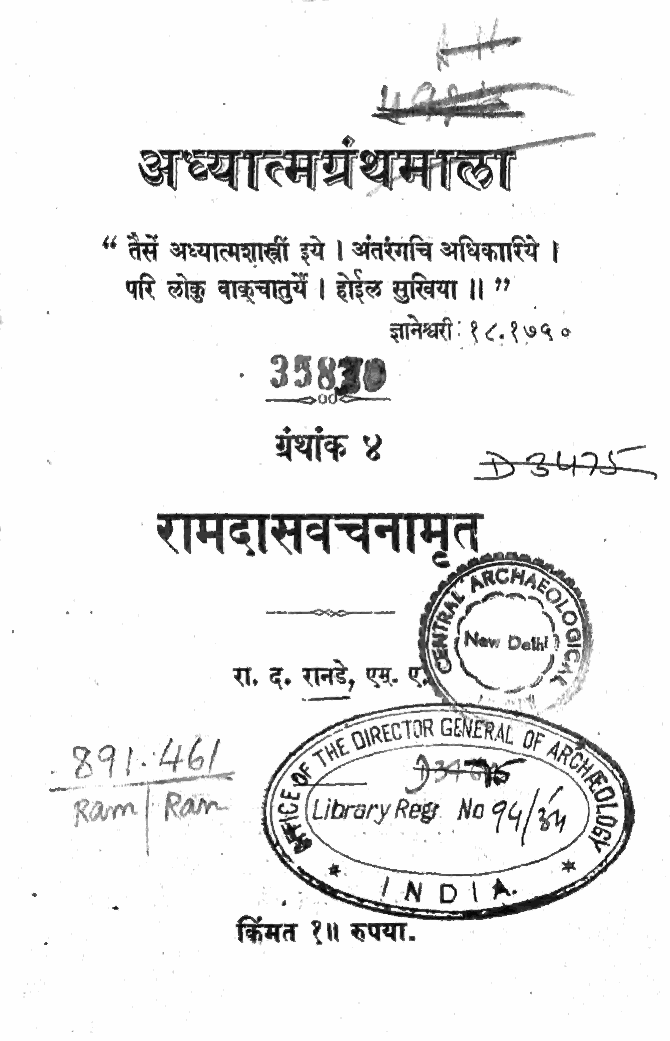
,         (1 अlb दा. ”।
 अध्यात्मग्र:                     |
 थ®  म  |
 “ तेस अध्यात्मशाखीं इये । अंतरंगचि अधिकारिये ।
 परि लोक वाङूचातु्ये । होईल सुखिया ॥ ?
 ज्ञानेश्वरी: १८.१७५०
 - 35880
 ग्रंथांक& .  २७2४५७४
 रामदासवचनामृत्‌
 ——
 रा, द, रानडे, एम
 2६9९
 CCTOR aGENERA ट
 i      A     =
 १९७१"! रि007-   Jbrary Reg} Na 74/ डे
 \
 |
 शं
 किंमत १॥ रुपया